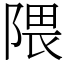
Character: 隈